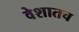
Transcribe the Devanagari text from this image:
वेशातच